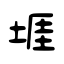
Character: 堐